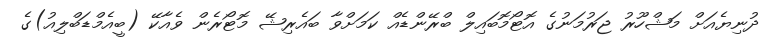
ދުނިޔެއަށް މަޝްހޫރު ޖަރުމަނުގެ އޮޓޯމޮބައިލް ބްރޭންޑެއް ކަމަށްވާ ބައެރިޝޭ މޮޓޯރެން ވެއާކޭ (ބީއެމްޑަބްލިއު)ގެ